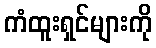
ကံထူးရှင်များကို